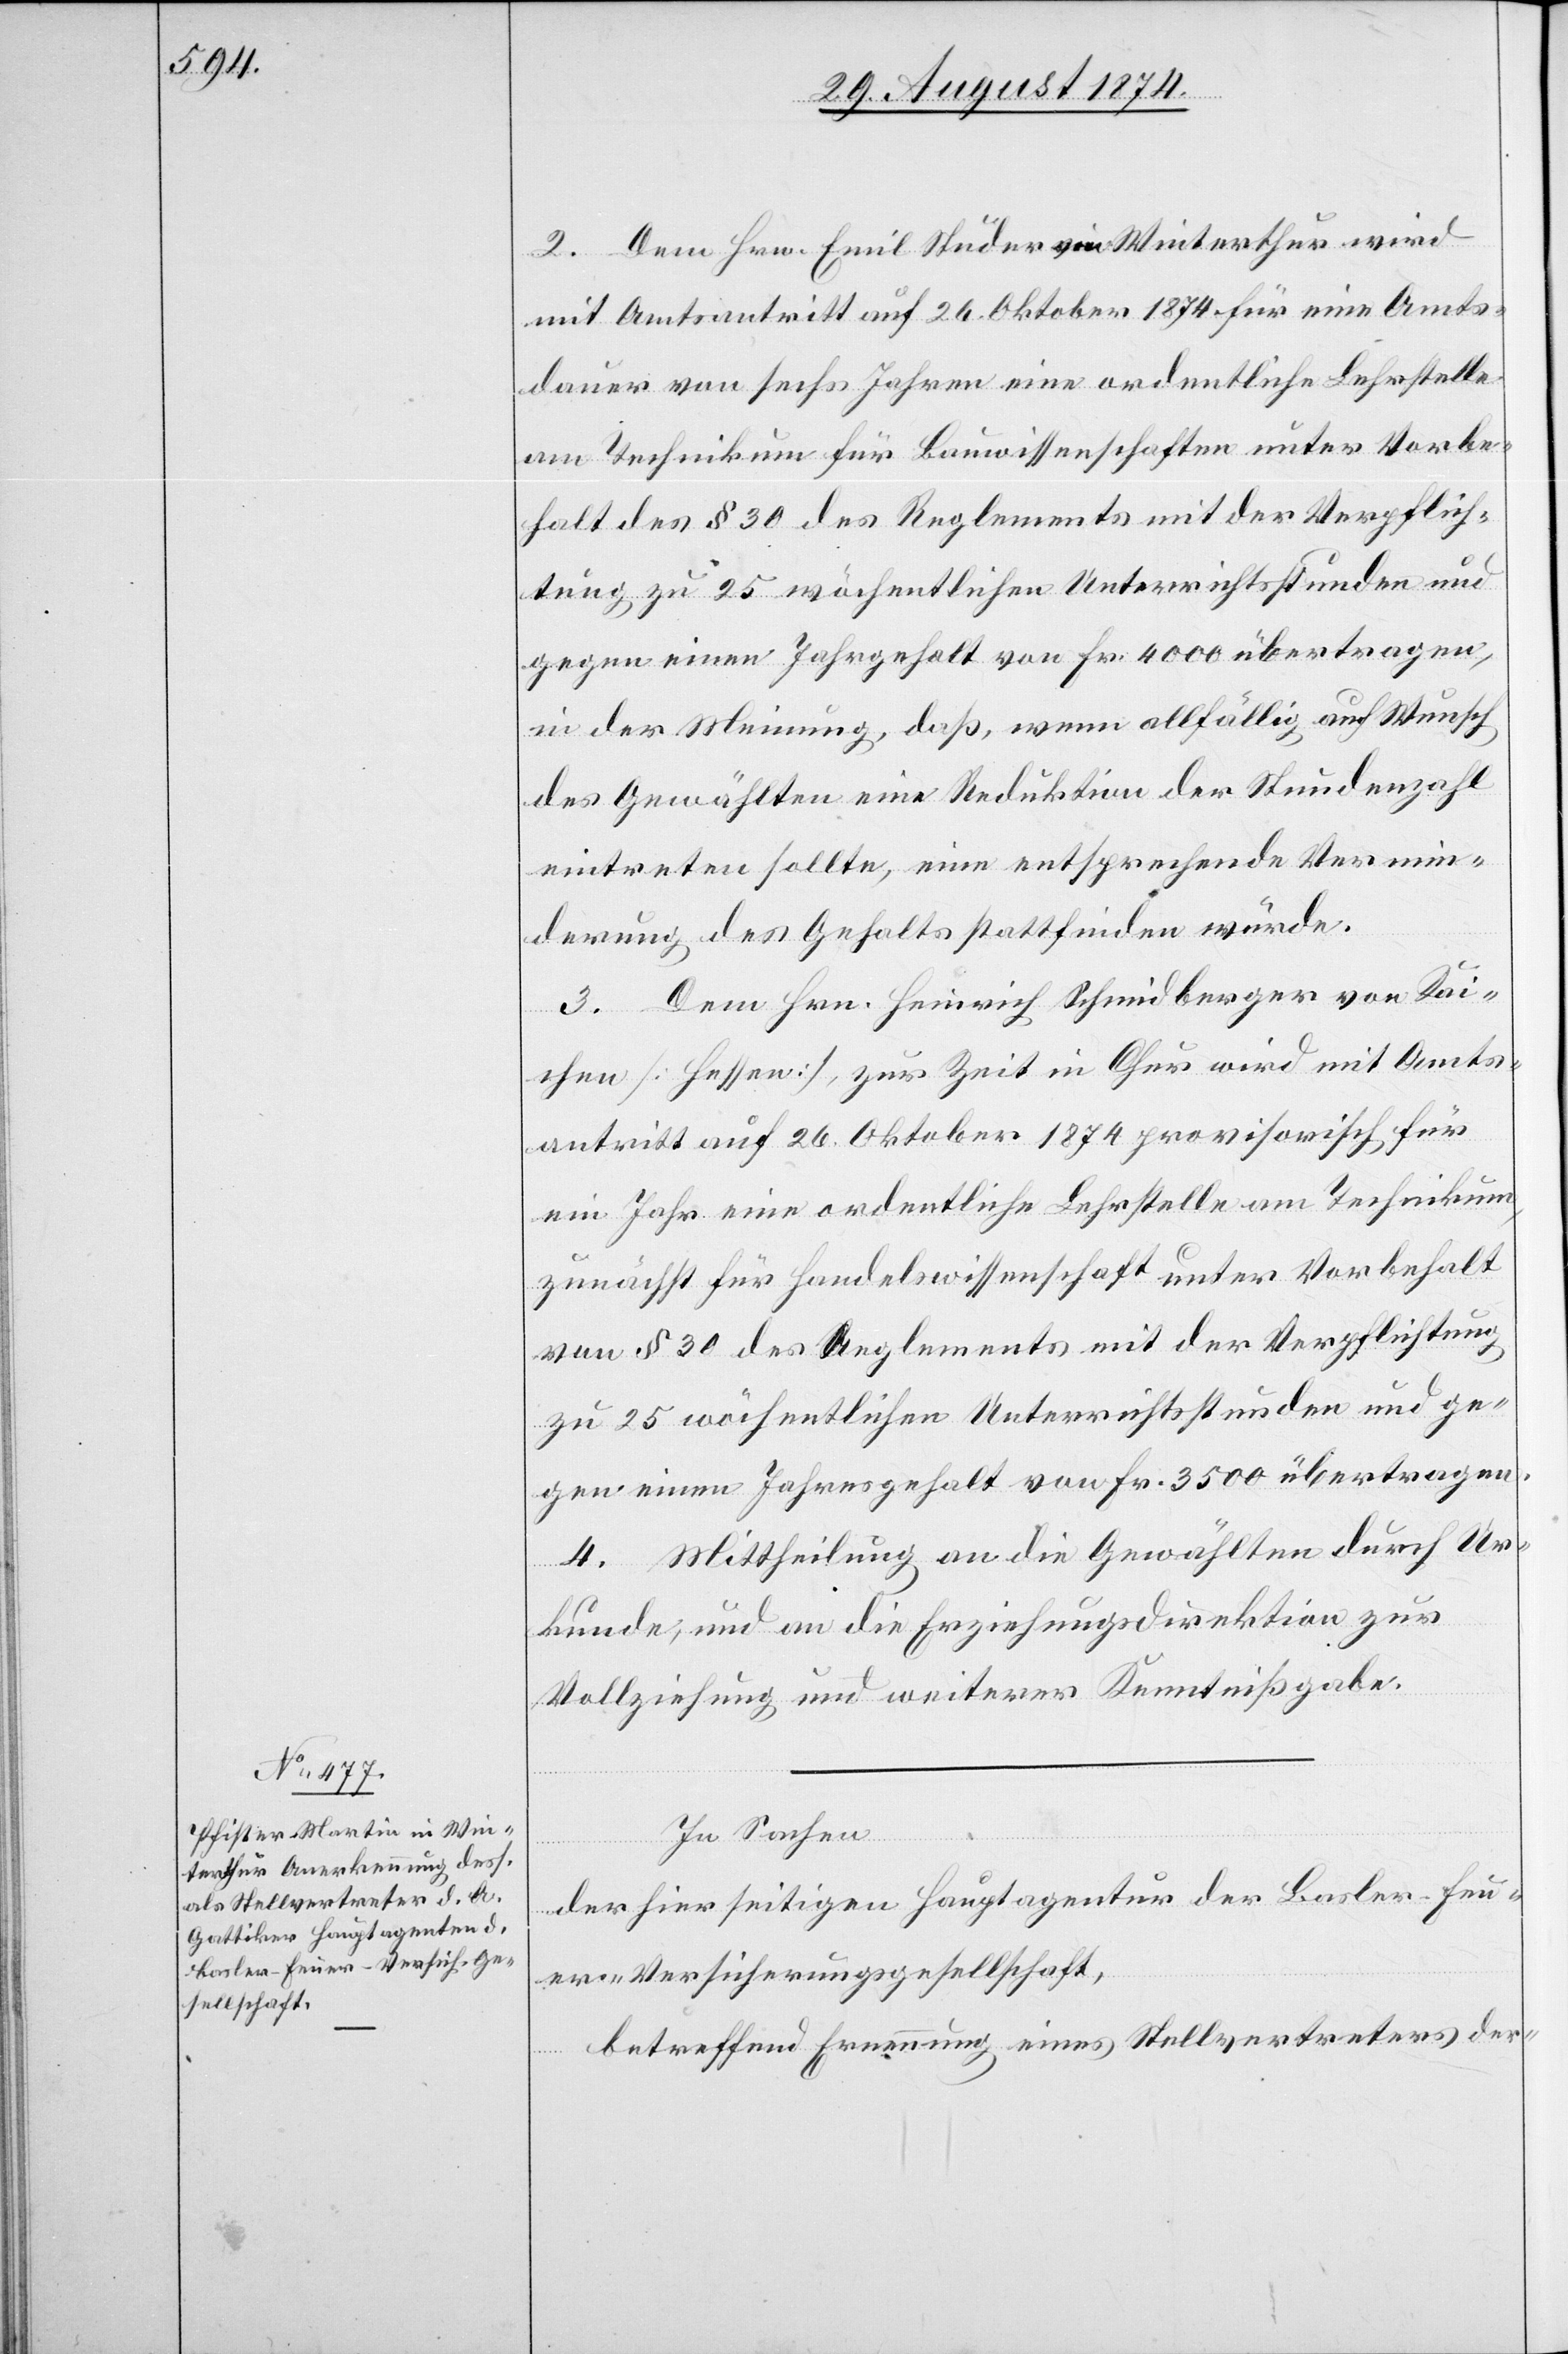
2. Dem Hrn. Emil Studer von Winterthur wird
mit Amtsantritt auf 26. Oktober 1874 für eine Amts¬
dauer von sechs Jahren eine ordentliche Lehrstelle
am Technikum für Bauwissenschaften unter Vorbe¬
halt des § 30 des Reglements mit der Verpflich¬
tung zu 25 wöchentlichen Unterrichtsstunden und
gegen einen Jahrgehalt von Fr. 4000 übertragen,
in der Meinung, daß, wenn allfällig auf Wunsch
des Gewählten eine Reduktion der Stundenzahl
eintreten sollte, eine entsprechende Vermin¬
derung des Gehalts stattfinden würde.
3. Dem Hrn. Heinrich Schmidberger von Kai¬
chen [Hessen], zur Zeit in Chur wird mit Amts¬
antritt auf 26. Oktober 1874 provisorisch für
ein Jahr eine ordentliche Lehrstelle am Technikum,
zunächst für Handelswissenschaft unter Vorbehalt
von § 30 des Reglements mit der Verpflichtung
zu 25 wöchentliche Unterrichtsstunden und ge¬
gen einen Jahresgehalt von Fr. 3500 übertragen.
4. Mittheilung an die Gewählten durch Ur¬
kunde, und an die Erziehungsdirektion zur
Vollziehung und weiterer Kenntnißgabe.
In Sachen
der hierseitigen Hauptagentur der Balser-Feu¬
er-Versicherungsgesellschaft,
betreffend Ernennung eines Stellvertreters der-